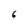
Character: 6